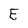
Character: E